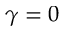
\gamma = 0